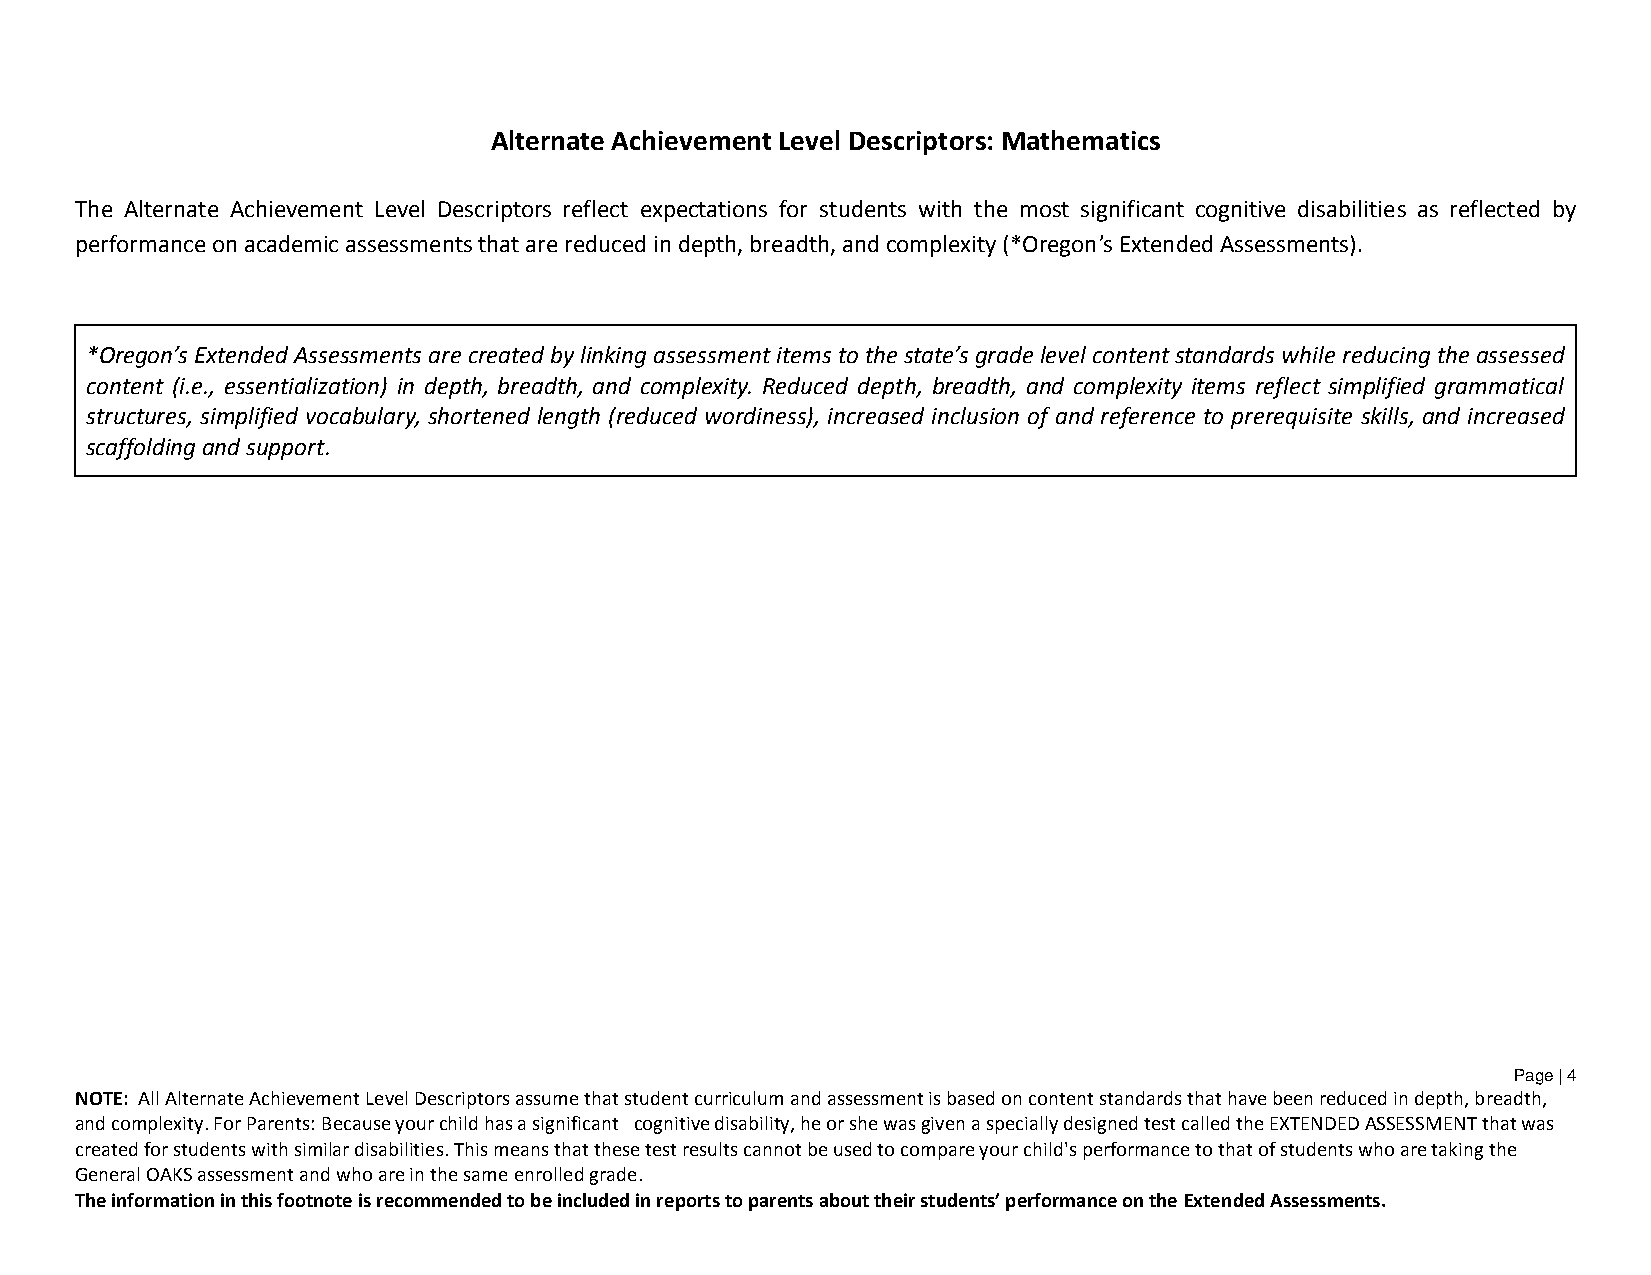
Alternate Achievement Level Descriptors: Mathematics
 The Alternate Achievement Level Descriptors reflect expectations for students with the most significant cognitive disabilities as reflected by
 performance on academic assessments that are reduced in depth, breadth, and complexity (*Oregon’s Extended Assessments).
 *Oregon’s Extended Assessments are created by linking assessment items to the state’s grade level content standards while reducing the assessed
 content (i.e., essentialization) in depth, breadth, and complexity. Reduced depth, breadth, and complexity items reflect simplified grammatical
 structures, simplified vocabulary, shortened length (reduced wordiness), increased inclusion of and reference to prerequisite skills, and increased
 scaffolding and support.
 Page | 4
 NOTE: All Alternate Achievement Level Descriptors assume that student curriculum and assessment is based on content standards that have been reduced in depth, breadth,
 and complexity. For Parents: Because your child has a significant cognitive disability, he or she was given a specially designed test called the EXTENDED ASSESSMENT that was
 created for students with similar disabilities. This means that these test results cannot be used to compare your child's performance to that of students who are taking the
 General OAKS assessment and who are in the same enrolled grade.
 The information in this footnote is recommended to be included in reports to parents about their students’ performance on the Extended Assessments.